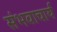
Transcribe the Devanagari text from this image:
संभवाचार्य